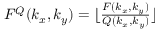
\begin{array} { r } { F ^ { Q } ( k _ { x } , k _ { y } ) = \lfloor \frac { F ( k _ { x } , k _ { y } ) } { Q ( k _ { x } , k _ { y } ) } \rfloor } \end{array}